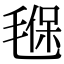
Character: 𣯂